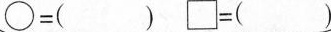
$$\circ = ( )$$ $$\Box = ( )$$